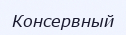
Консервный